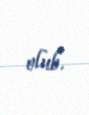
olub.